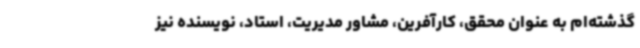
گذشته‌ام به عنوان محقق، کارآفرین، مشاور مدیریت، استاد، نویسنده نیز